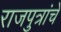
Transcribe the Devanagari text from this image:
राजपुत्रांचे